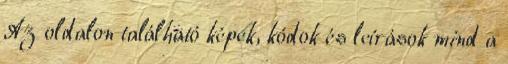
Az oldalon található képek, kódok és leírások mind a